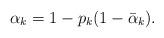
LaTeX: \begin{align*}\alpha_k=1-p_k(1-\bar{\alpha}_k).\end{align*}